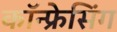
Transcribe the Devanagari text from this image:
कॉन्फ्रेसिंग